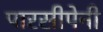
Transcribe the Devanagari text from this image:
पारसीपेनी